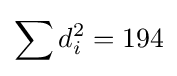
\sum d_{i}^{2}=194